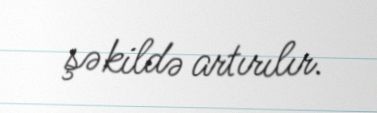
şəkildə artırılır.